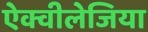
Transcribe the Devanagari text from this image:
ऐक्वीलेजिया